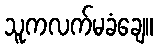
သူကလက်မခံချေ။